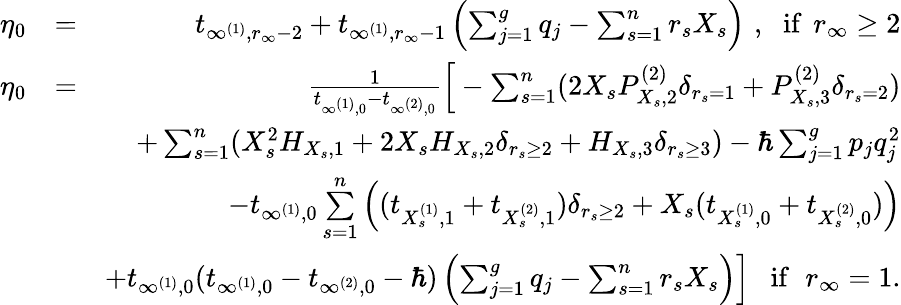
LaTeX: \begin{array}{rlr}{\eta_{0}}&{=}&{t_{\infty^{(1)},r_{\infty}-2}+t_{\infty^{(1)},r_{\infty}-1}\left(\sum_{j=1}^{g}q_{j}-\sum_{s=1}^{n}r_{s}X_{s}\right)\, \, ,\, \, \mathrm{~if~}\, r_{\infty}\geq 2}\\ {\eta_{0}}&{=}&{\frac{1}{t_{\infty^{(1)},0}-t_{\infty^{(2)},0}}\Big[-\sum_{s=1}^{n}(2X_{s}P_{X_{s},2}^{(2)}\delta_{r_{s}=1}+P_{X_{s},3}^{(2)}\delta_{r_{s}=2})}\\ &{}&{+\sum_{s=1}^{n}(X_{s}^{2}H_{X_{s},1}+2X_{s}H_{X_{s},2}\delta_{r_{s}\geq 2}+H_{X_{s},3}\delta_{r_{s}\geq 3})-\hbar\sum_{j=1}^{g}p_{j}q_{j}^{2}}\\ &{}&{-t_{\infty^{(1)},0}\underset{s=1}{\overset{n}{\sum}}\left((t_{X_{s}^{(1)},1}+t_{X_{s}^{(2)},1})\delta_{r_{s}\geq 2}+X_{s}(t_{X_{s}^{(1)},0}+t_{X_{s}^{(2)},0})\right)}\\ &{}&{+t_{\infty^{(1)},0}(t_{\infty^{(1)},0}-t_{\infty^{(2)},0}-\hbar)\left(\sum_{j=1}^{g}q_{j}-\sum_{s=1}^{n}r_{s}X_{s}\right)\Big]\, \, \, \mathrm{~if~}\, \, r_{\infty}=1.}\end{array}